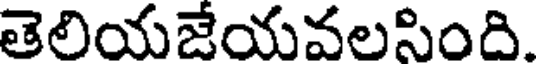
తెలియజేయవలసింది.